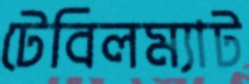
টেবিলম্যাট